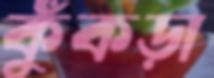
কুঁকড়া